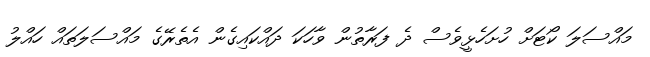
މައްސަލަ ކޯޓަށް ހުށަހެޅީވެސް ދެ ފަރާތުން ވާހަކަ ދައްކައިގެން އެތެރޭގެ މައްސަލަތައް ހައްލު